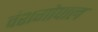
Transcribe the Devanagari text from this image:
वंशगोपाल